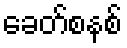
ခေတ်စနစ်